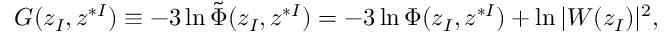
G ( z _ { I } , z ^ { * I } ) \equiv - 3 \ln { \tilde { \Phi } } ( z _ { I } , z ^ { * I } ) = - 3 \ln \Phi ( z _ { I } , z ^ { * I } ) + \ln | W ( z _ { I } ) | ^ { 2 } ,